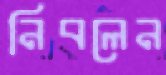
নিবলেন